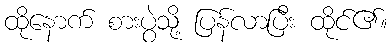
ထိုနောက် စားပွဲသို့ ပြန်လာပြီး ထိုင်၏။